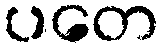
ပတေ